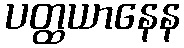
ပတ္ထယာနေန